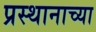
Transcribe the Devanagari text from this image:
प्रस्थानाच्या